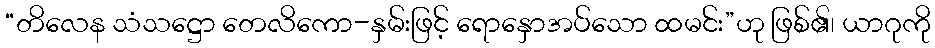
“တိလေန သံသဋ္ဌော တေလိကော-နှမ်းဖြင့် ရောနှောအပ်သော ထမင်း”ဟု ဖြစ်၏၊ ယာဂုကို